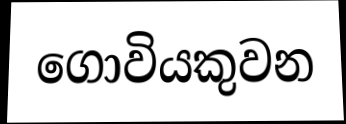
ගොවියකුවන